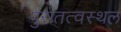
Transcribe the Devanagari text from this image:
पुरातत्वस्थल